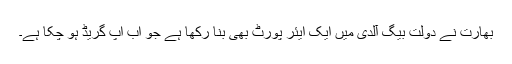
بھارت نے دولت بیگ آلدی میں ایک ایئر پورٹ بھی بنا رکھا ہے جو اب اپ گریڈ ہو چکا ہے۔